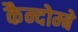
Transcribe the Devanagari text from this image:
कैन्दोम्बे